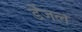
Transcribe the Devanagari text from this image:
डेंजल